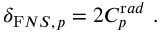
\delta _ { { \mathrm F N S } , \, p } = 2 C _ { p } ^ { \mathrm r a d } ~ .